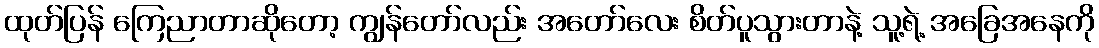
ထုတ်ပြန် ကြေညာတာဆိုတော့ ကျွန်တော်လည်း အတော်လေး စိတ်ပူသွားတာနဲ့ သူ့ရဲ့ အခြေအနေကို